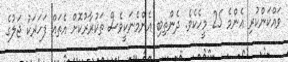
ވައްކަންކުރި އެންމެ 25 މީހެކެވެ. ދެންތިބި އެންމެނަކީވެސް ތަކުރާރުކޮށް އެތައް ފަހަރަކު ޖަލުގެ